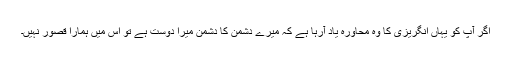
اگر آپ کو یہاں انگریزی کا وہ محاورہ یاد آرہا ہے کہ میرے دشمن کا دشمن میرا دوست ہے تو اس میں ہمارا قصور نہیں۔